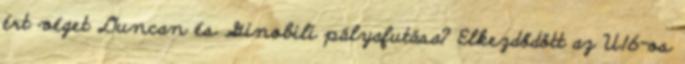
ért véget Duncan és Ginobili pályafutása? Elkezdődött az U16-os